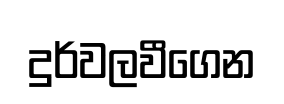
දුර්වලවීගෙන